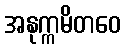
အနုက္ကမိတဝေ